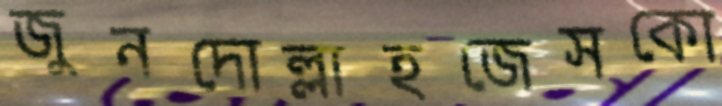
জুনদোল্লাহজেসকো